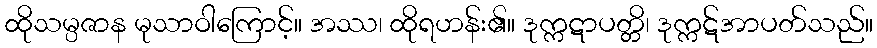
ထိုသမ္ပဇာန မုသာဝါကြောင့်။ အဿ၊ ထိုရဟန်း၏။ ဒုက္ကဋာပတ္တိ၊ ဒုက္ကဋ်အာပတ်သည်။